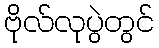
ဗိုလ်လုပွဲတွင်